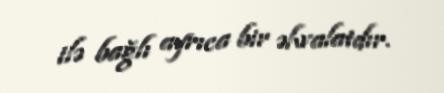
ilə bağlı ayrıca bir əhvalatdır.